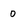
Character: 0